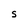
Character: S